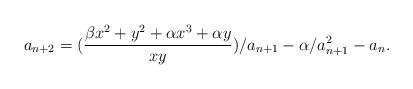
LaTeX: \begin{align*} a_{n+2}=(\frac{\beta x^2+y^2+\alpha x^3+\alpha y}{xy})/a_{n+1}-\alpha/a_{n+1}^2-a_n.\end{align*}